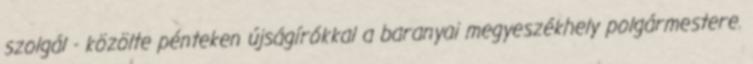
szolgál - közölte pénteken újságírókkal a baranyai megyeszékhely polgármestere.